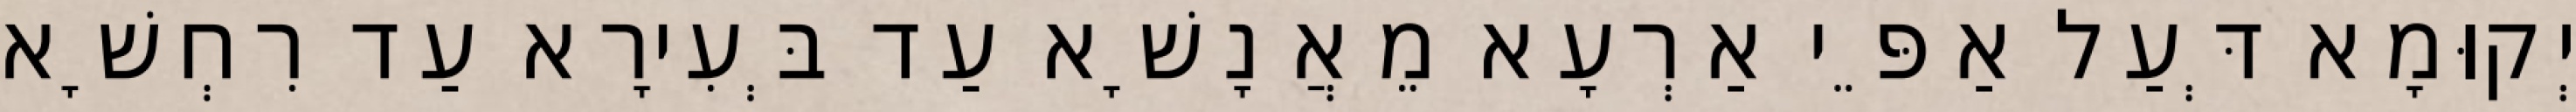
יְקוּמָא דְּעַל אַפֵּי אַרְעָא מֵאֲנָשָׁא עַד בְּעִירָא עַד רִחְשָׁא